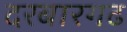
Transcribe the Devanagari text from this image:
दरबारगढ